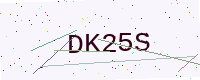
Text: DK25S